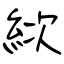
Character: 絘